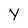
Character: Y